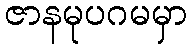
ဇာနမုပဂမမှာ